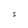
Character: S